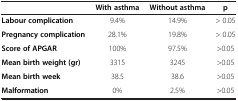
<table><thead><tr><td><b> </b></td><td><b>With asthma</b></td><td><b>Without asthma</b></td><td><b>p</b></td></tr></thead><tbody><tr><td><b>Labour complication</b></td><td>9.4%</td><td>14.9%</td><td>&gt; 0.05</td></tr><tr><td><b>Pregnancy complication</b></td><td>28.1%</td><td>19.8%</td><td>&gt; 0.05</td></tr><tr><td><b>Score of APGAR</b></td><td>100%</td><td>97.5%</td><td>&gt;0.05</td></tr><tr><td><b>Mean birth weight (gr)</b></td><td>3315</td><td>3245</td><td>&gt;0.05</td></tr><tr><td><b>Mean birth week</b></td><td>38.5</td><td>38.6</td><td>&gt;0.05</td></tr><tr><td><b>Malformation</b></td><td>0%</td><td>2.5%</td><td>&gt;0.05</td></tr></tbody></table>